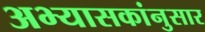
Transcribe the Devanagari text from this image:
अभ्यासकांनुसार